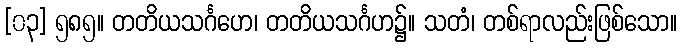
[၀၃] ၅၈၅။ တတိယသင်္ဂဟေ၊ တတိယသင်္ဂဟ၌။ သတံ၊ တစ်ရာလည်းဖြစ်သော။